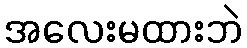
အလေးမထားဘဲ